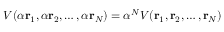
V ( \alpha \mathbf { r } _ { 1 } , \alpha \mathbf { r } _ { 2 } , \ldots , \alpha \mathbf { r } _ { N } ) = \alpha ^ { N } V ( \mathbf { r } _ { 1 } , \mathbf { r } _ { 2 } , \ldots , \mathbf { r } _ { N } )